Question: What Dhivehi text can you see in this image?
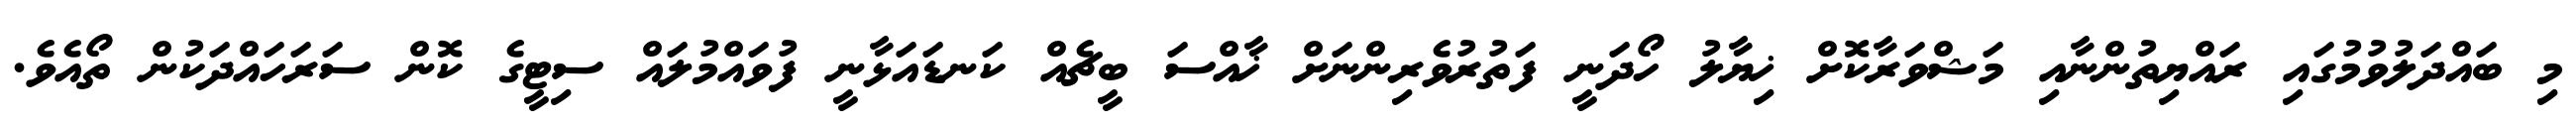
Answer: މި ބައްދަލުވުމުގައި ރައްޔިތުންނާއި މަޝްވަރާކޮށް ޚިޔާލު ހޯދަނީ ފަތުރުވެރިންނަށް ޚާއްސަ ބީޗެއް ކަނޑައަޅާނީ ފުވައްމުލައް ސިޓީގެ ކޮން ސަރަހައްދަކުން ތޯއެވެ.